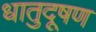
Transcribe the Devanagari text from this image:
धातुदूषण